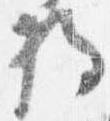
将